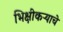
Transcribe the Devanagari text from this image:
भिक्षीकऱ्याचे